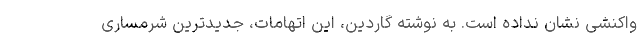
واکنشی نشان نداده است. به نوشته گاردین، این اتهامات، جدیدترین شرمساری